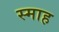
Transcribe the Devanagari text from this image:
स्माह